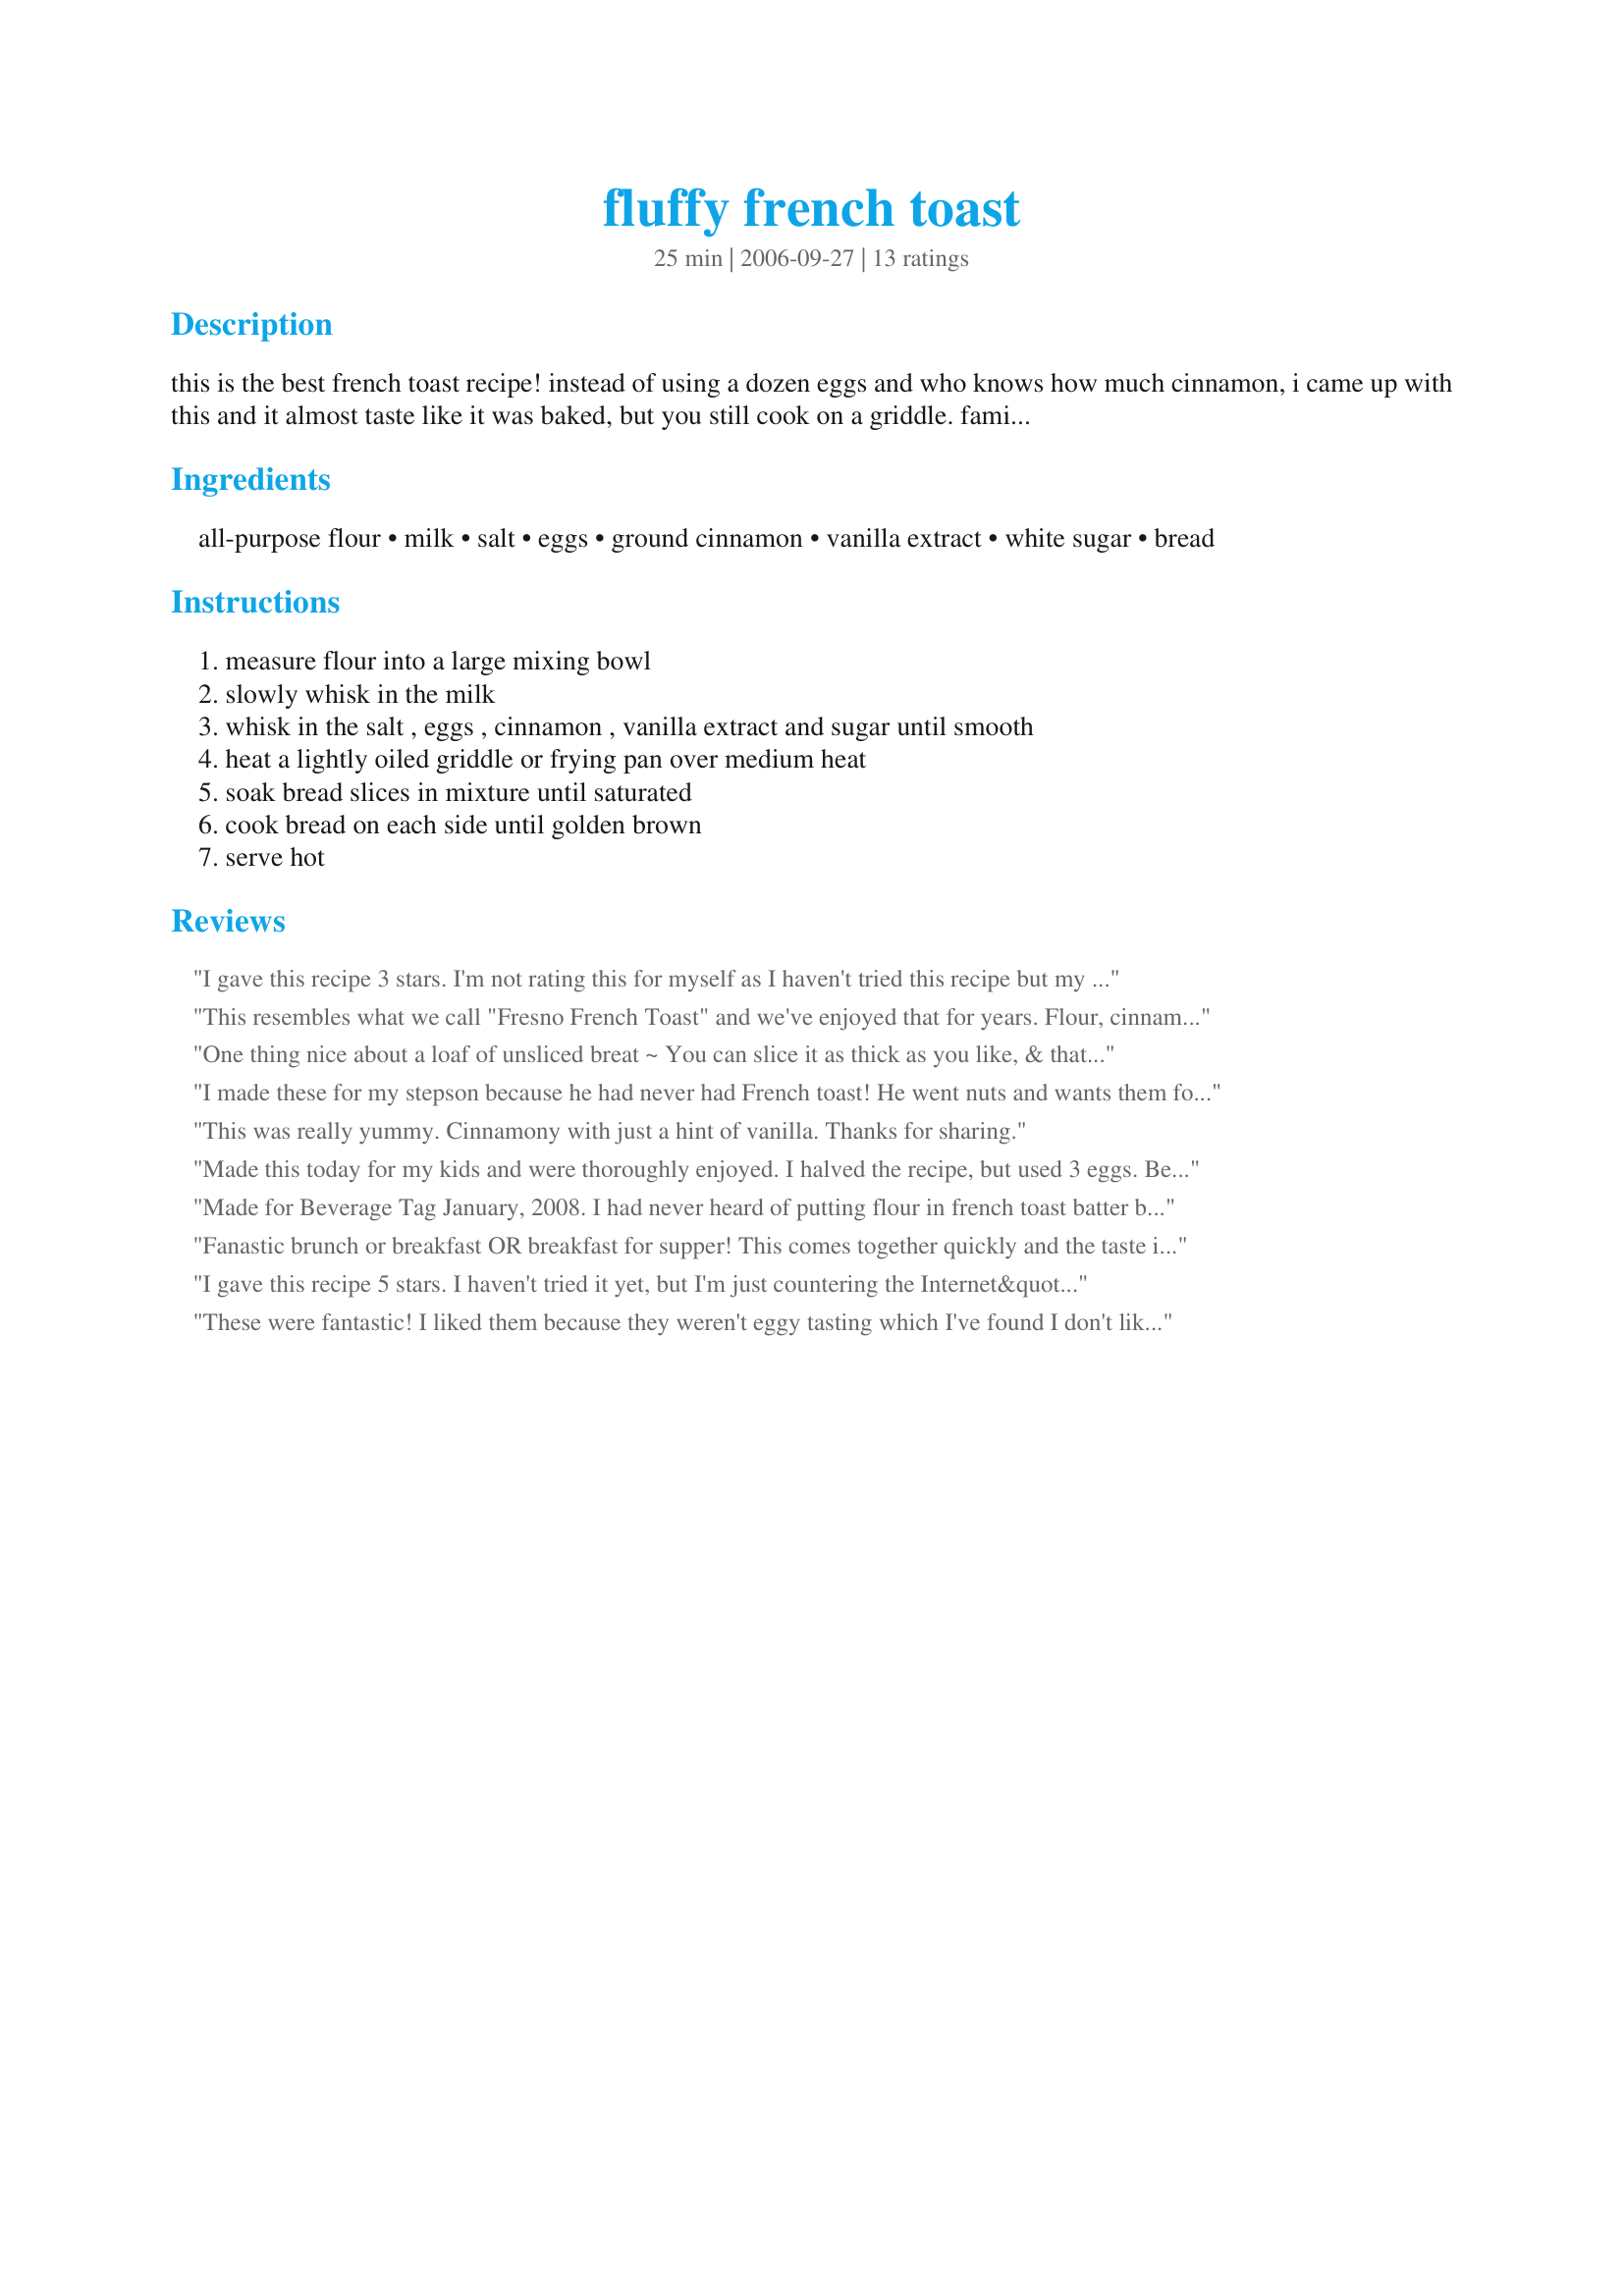
fluffy french toast
Preparation time: 25 minutes

this is the best french toast recipe! instead of using a dozen eggs and who knows how much cinnamon, i came up with this and it almost taste like it was baked, but you still cook on a griddle. family favorite.

Ingredients:
all-purpose flour, milk, salt, eggs, ground cinnamon, vanilla extract, white sugar, bread

Steps:
measure flour into a large mixing bowl, slowly whisk in the milk, whisk in the salt , eggs , cinnamon , vanilla extract and sugar until smooth, heat a lightly oiled griddle or frying pan over medium heat, soak bread slices in mixture until saturated, cook bread on each side until golden brown, serve hot

Reviews:
I gave this recipe 3 stars. I'm not rating this for myself as I haven't tried this recipe but my niece made a recpe very close to this in her cooking class. She didn't like it much. I plan to try the recipe and see why. The measurements she got is slightly different. It calls for just the 1/4 cup all-purpose flour, 1 c milk, 1 pinch salt, 3 eggs, 1/2 tsp ground cinnamon, 1 tsp vanilla extract, 1 tbl white sugar, 12 slices thick bread and 1 c 10x confectionary sugar-for dusting. The directions are exactly the same for sprinkling toast with 10x confectionary sugar or maple syrup. Thanks for posting hope to try this again! Christine (internetnut)
This resembles what we call "Fresno French Toast" and we've enjoyed that for years. Flour, cinnamon, and vanilla in the batter takes the old standby off the beaten path. Delicious and easy enough to do all the time. Two small cautions: Be sure to follow step 1 or the flour will clump, and don't get the grill too hot or the toast will get too dark before cooking through. Made for PAC, April 2008.
One thing nice about a loaf of unsliced breat ~ You can slice it as thick as you like, & that's what I did in this recipe! The recipe came together very nicely, & when I served it with my own apple cider syrup, OUTSTANDING! Thanks for the recipe!
I made these for my stepson because he had never had French toast! He went nuts and wants them for breakfast every weekend. He wants me to tell you he loves you. Gotta warn you though, he's jail bait.
This was really yummy. Cinnamony with just a hint of vanilla. Thanks for sharing.
Made this today for my kids and were thoroughly enjoyed. I halved the recipe, but used 3 eggs. Because my bread slices were thin, I had quite a bit of leftover batter which I plan to keep in the fridge and use again tomorrow. Served this with some pancake syrup for a yummy treat. Thank you for posting.
Made for Beverage Tag January, 2008. I had never heard of putting flour in french toast batter before, but this recipe makes wonderful french toast. It is very light and fluffy. Thanks for another great recipe, Chef~V.
Fanastic brunch or breakfast OR breakfast for supper! This comes together quickly and the taste is perfection! We devoured this! Love the touch of cinnamon!
I gave this recipe 5 stars. I haven't tried it yet, but I'm just countering the Internet&quot;nut&quot; who rated it based on a similar recipe her niece tried in a cooking class. I tried something close once, and it was great! Yes, my rating is as silly as hers, but seriously? Try it before you rate it! (and, yes, I realize the hypocrisy).
These were fantastic! I liked them because they weren't eggy tasting which I've found I don't like. Instead I had a nice light, flavorful french toast that was really delightful. Thanks for sharing a recipe I know I'll use more often!
Ooolala! This recipe made very good French toast; I made a very small batch and ate it with sliced strawberries and sugar. My only beef is the amount of cinnamon; I personally think a whole teaspoon is a little bit much. Other than that, wonderful! Thank you for sharing this recipe!
We enjoyed this for breakfast this morning. I halved the recipe but used 3 eggs and the kids decided on sprinkling a bit more cinnamon sugar over theirs once cooked. I'm not usually a fan of sweet french toast but really enjoyed these. Reviewed for ZWT3.
I just made this for breakfast & I wish there was more! Next time I'll add a bit more vanilla - a touch just isn't enough for me. I cooked a sliced buerre bosc pear in a little butter, honey and brown sugar while the toast cooked and they went together beautifully. thanks for a great recipe!
